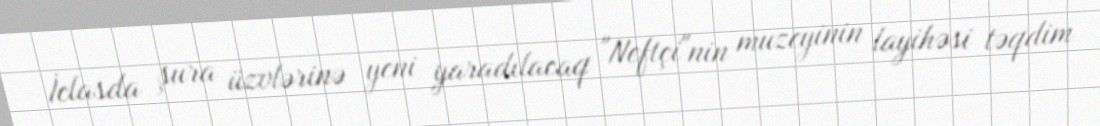
İclasda şura üzvlərinə yeni yaradılacaq "Neftçi"nin muzeyinin layihəsi təqdim